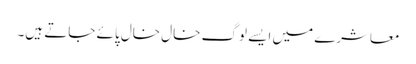
معاشرے میں ایسے لوگ خال خال پائے جاتے ہیں۔